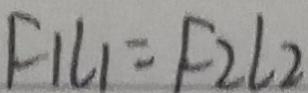
F _ { 1 } L _ { 1 } = F _ { 2 } L _ { 2 }